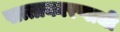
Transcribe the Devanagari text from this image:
सत्ताकारणाची